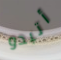
أتبدو